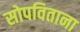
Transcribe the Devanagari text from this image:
सोपविताना